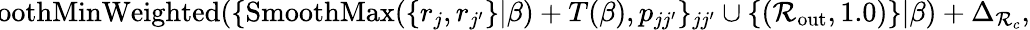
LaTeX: \! \! \! \! \! \! \! \! \! \! \! \! \! \! \! \! \! \! \! \! \! \! \! \! \! \! {\mathcal{R}_{\mathrm{{in}}}}=\operatorname{SmoothMinWeighted}(\{ \operatorname{SmoothMax}(\{ r_{j},r_{j^{\prime}}\} |\beta)+T(\beta),p_{jj^{\prime}}\} _{jj^{\prime}}\cup\{ ({\mathcal{R}_{\mathrm{{out}}}},1.0)\} |\beta)+\Delta_{\mathcal{R}_{c}}\mathrm{{,}}